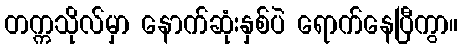
တက္ကသိုလ်မှာ နောက်ဆုံးနှစ်ပဲ ရောက်နေပြီကွာ။